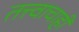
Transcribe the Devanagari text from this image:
तत्त्वाचाही